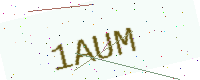
Text: 1AUM